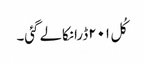
کُل ۲۰۱ڈرانکالے گئی۔